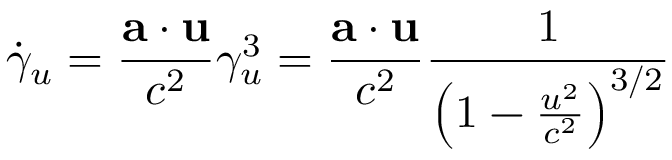
{ \dot { \gamma } } _ { u } = { \frac { \mathbf { a \cdot u } } { c ^ { 2 } } } \gamma _ { u } ^ { 3 } = { \frac { \mathbf { a \cdot u } } { c ^ { 2 } } } { \frac { 1 } { \left( 1 - { \frac { u ^ { 2 } } { c ^ { 2 } } } \right) ^ { 3 / 2 } } }